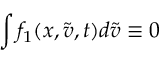
\int f _ { 1 } ( x , \tilde { v } , t ) d \tilde { v } \equiv 0